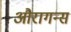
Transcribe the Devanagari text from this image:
औरागन्स